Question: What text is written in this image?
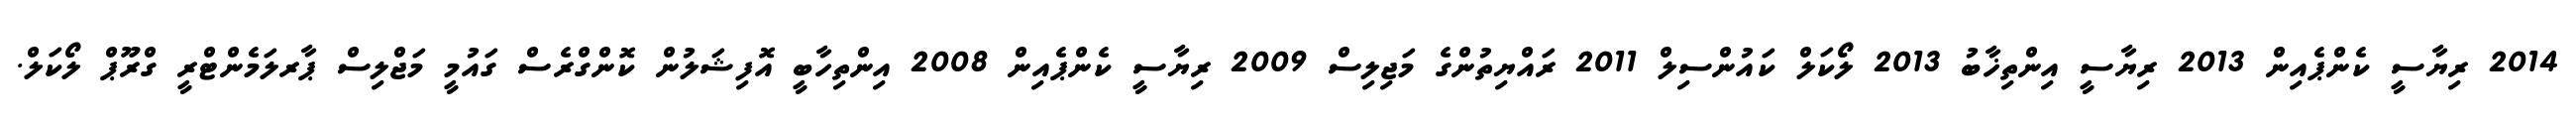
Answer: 2014 ރިޔާސީ ކެންޕެއިން 2013 ރިޔާސީ އިންތިޚާބު 2013 ލޯކަލް ކައުންސިލް 2011 ރައްޔިތުންގެ މަޖިލިސް 2009 ރިޔާސީ ކެންޕެއިން 2008 އިންތިހާބީ އޮފިޝަލުން ކޮންގްރެސް ގައުމީ މަޖްލިސް ޕާރލަމެންޓްރީ ގްރޫޕް ލޯކަލް.